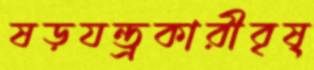
ষড়যন্ত্রকারীবৃষ্